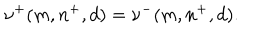
\nu ^ { + } ( m , n ^ { + } , d ) = \nu ^ { - } ( m , n ^ { + } , d ) .